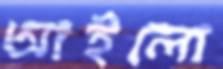
আইলো